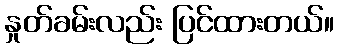
နှုတ်ခမ်းလည်း ပြင်ထားတယ်။